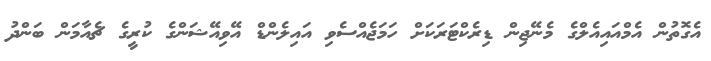
އެގޮތުން އެމްއައިއެލްގެ މެނޭޖިން ޑިރެކްޓަރަކަށް ހަމަޖެއްސެވި އައިލެންޑް އޭވިއޭޝަންގެ ކުރީގެ ޗެއާމަން ބަންދު